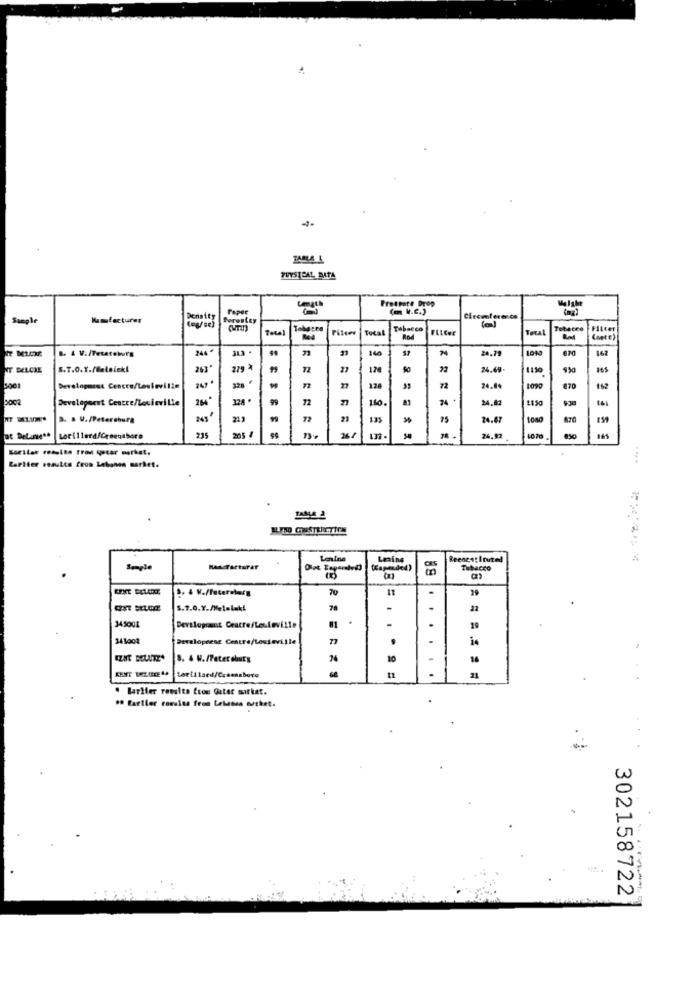
TABLA L
PHYSICAL, BITA
Frettate Drop
Sample
Kamfacturer
Serenity
Total
Piloer
Total
Tabacco
Total
Tobacco
Bod
(note)
244
343 .
24.79
1090
670
168
NT DELCIE
S.T.0.Y./delaick!
263'
72
27
178
So
22
24.69
1130
3001
72
27
128
72
24.04
470
Development Centre/lesieville
264
72
160.
74
24.82
1150
S. . V./Petersburg
99
72
21
135
75
24.67
1040
at Detune **
Lorillard/Greensboro
24,93
Sorilar results tron quear merket.
....
Cariter results Cron Lebonen market.
Leine
Limine
Reedest Ituted
Semple
Hancfacturar
(apended)
Tabacco
70
.
S.7.0.Y.MHelelaki
70
-
345001
19
341008
Development Centre/Lesteville
10
14
21
. BarHier results from Qatar mirkat.
** fartler camisa fron Lelunes outhet.
302158722